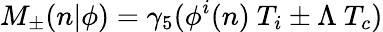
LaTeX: M_{\pm}(n\vert\phi)=\gamma_{5}(\phi^{i}(n)\ T_{i}\pm\Lambda\ T_{c})